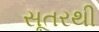
સૂતરથી